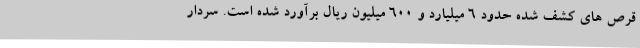
قرص های کشف شده حدود 6 میلیارد و 600 میلیون ریال برآورد شده است. سردار